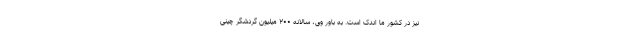
نیز در کشور ما اندک است. به باور وی، سالانه ۲۰۰ میلیون گردشگر چینی